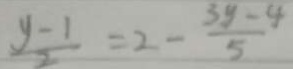
\frac { y - 1 } { 2 } = 2 - \frac { 3 y - 4 } { 5 }